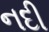
નદી